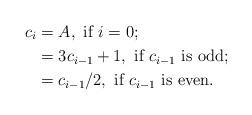
LaTeX: \begin{align*}c_i &= A, \mbox{ if $i=0$;} \\ &= 3c_{i-1}+1, \mbox{ if $c_{i-1}$ is odd;} \\ & = c_{i-1}/2, \mbox{ if $c_{i-1}$ is even.}\end{align*}